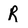
Character: R